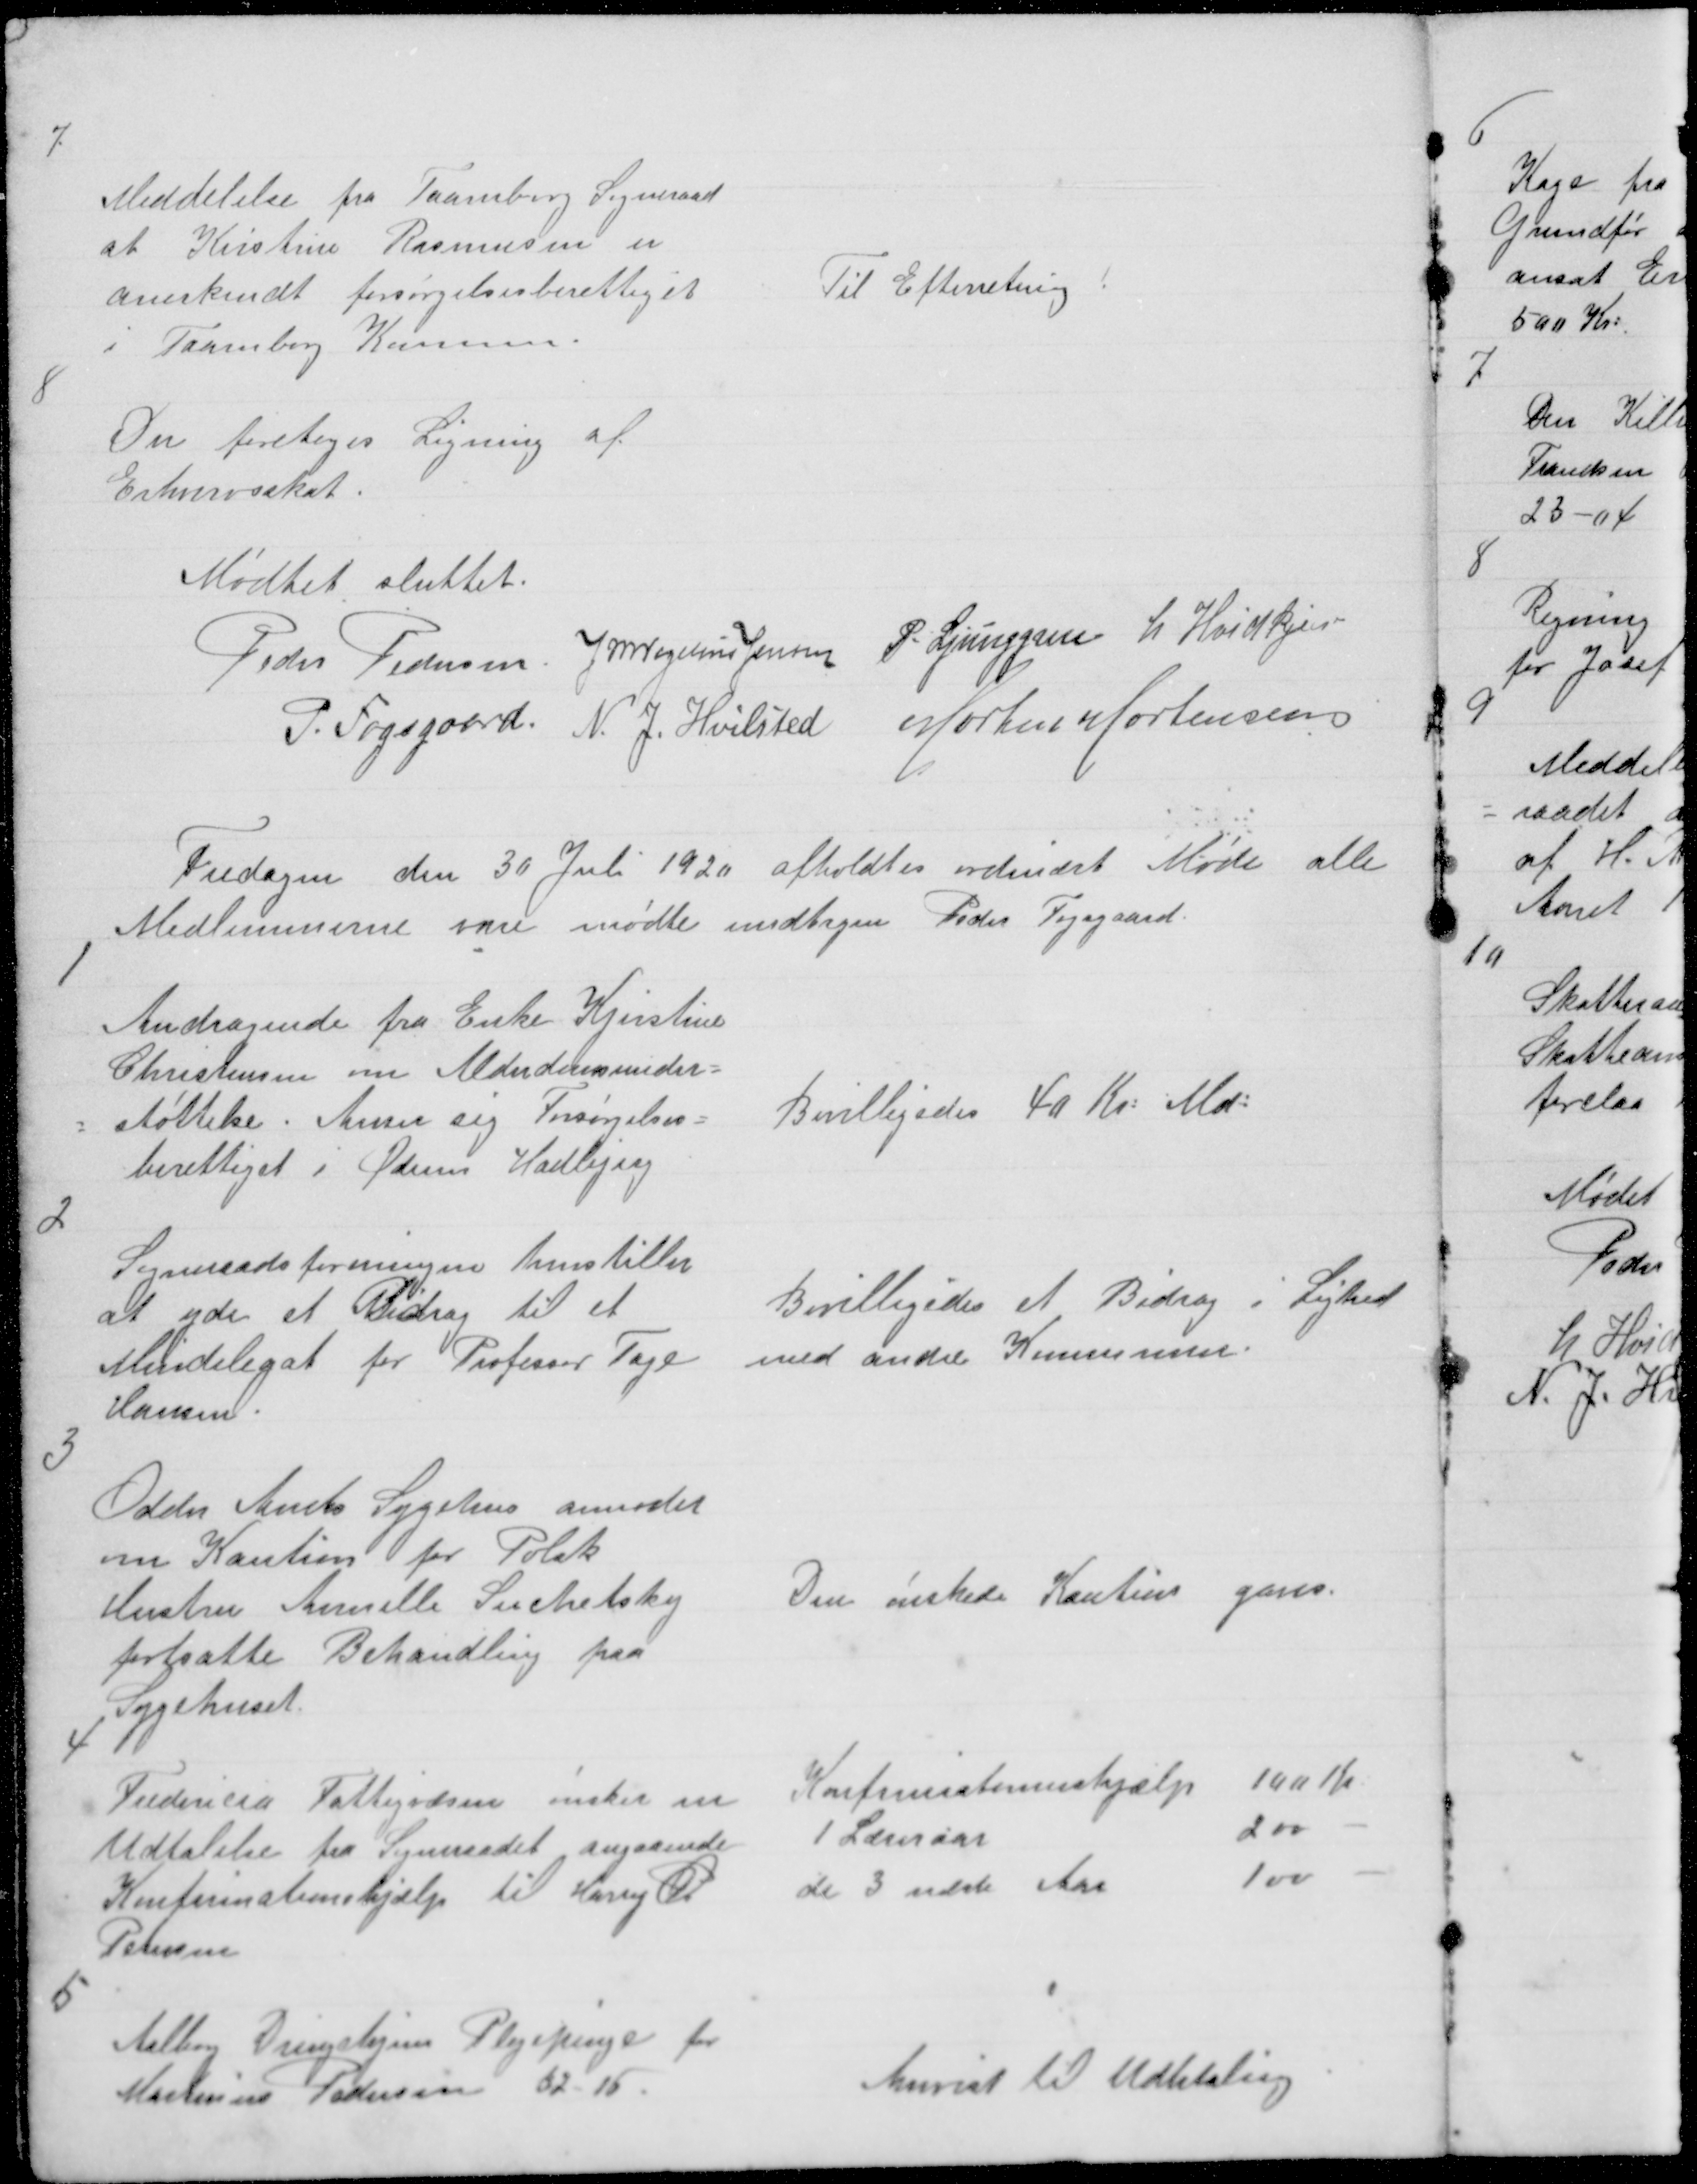
Transskription:
7

Meddelelse fra Taarnborg Sogneraad
at Kristine Rasmussen er
anerkendt forsørgelsesberettiget
i Taarnorg Komune.

Til Efterretning !

8

Der foretoges Ligning af
Erhvervsskat.

Mødtet sluttet
Peder Pedersen. J M Vogelius Jensen P. Ljunggren L Hvidkjær
P. Fogsgaard N. J. Hvilsted Morten Mortensen

Fredagen den 30 Juli 1920 afholdtes ordinært Møde alle
Medlemmerne vare mødte undtagen Peder Fogsgaard.

1

Andragende fra Enke Kjerstine
Christensen om Alderdomsunder=
= understøttelse . Anser sig Forsørgelses =
berettiget i Ødum Hadbjerg

Bevilligedes 40 Kr: Md:

2

Sogneraadsforeningen henstiller
at yde et Bidrag til et
Mindelegat for Professor Tage
Hansen.

Bevilligedes et Bidrag i Lighed
med andre Kommuner.

3

Odder Amts Sygehus anmoder
om Kaution for Polsk
Hustru Annelle Suchetsky
fortsatte Behandling paa
Sygehuset

Den ønskede Kaution gaves

4

Fredericia Fattigvæsen ønsker en
Udtalelse fra Sogneraadet angaaende
Konfirmationshjælp til Harry Ø.
Pedersen

Konfirmantionshjælp 100 Kr
1 Læreraar
200 -
de 3 næste Aar
100 -

5

Aalborg Drengehjem Plejepenge for
Martinus Pedersen 52 - 15

Anvist til Udbetaling